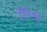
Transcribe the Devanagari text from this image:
रेपिनचे